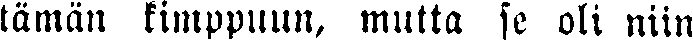
tämän kimppuun, mutta se oli niin